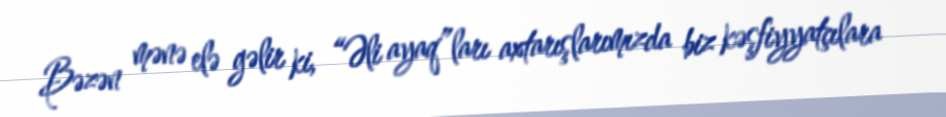
Bəzən mənə elə gəlir ki, “Əli ayaq”ları axtarışlarımızda biz kəşfiyyatçılara